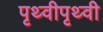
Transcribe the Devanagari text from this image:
पृथ्वीपृथ्वी